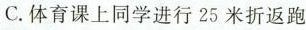
C.体育课上同学进行25米折返跑